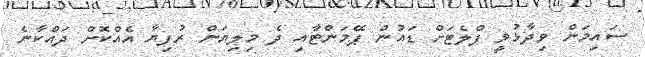
ސައިމަން ވިދާޅުވީ ފްލެޓަށް ޑައުން ޕޭމަންޓާއި ދެ މިލިޔަން ރުފިޔާ އެއްކޮށް ދައްކާނެ